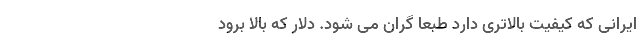
ایرانی که کیفیت بالاتری دارد طبعا گران می شود. دلار که بالا برود